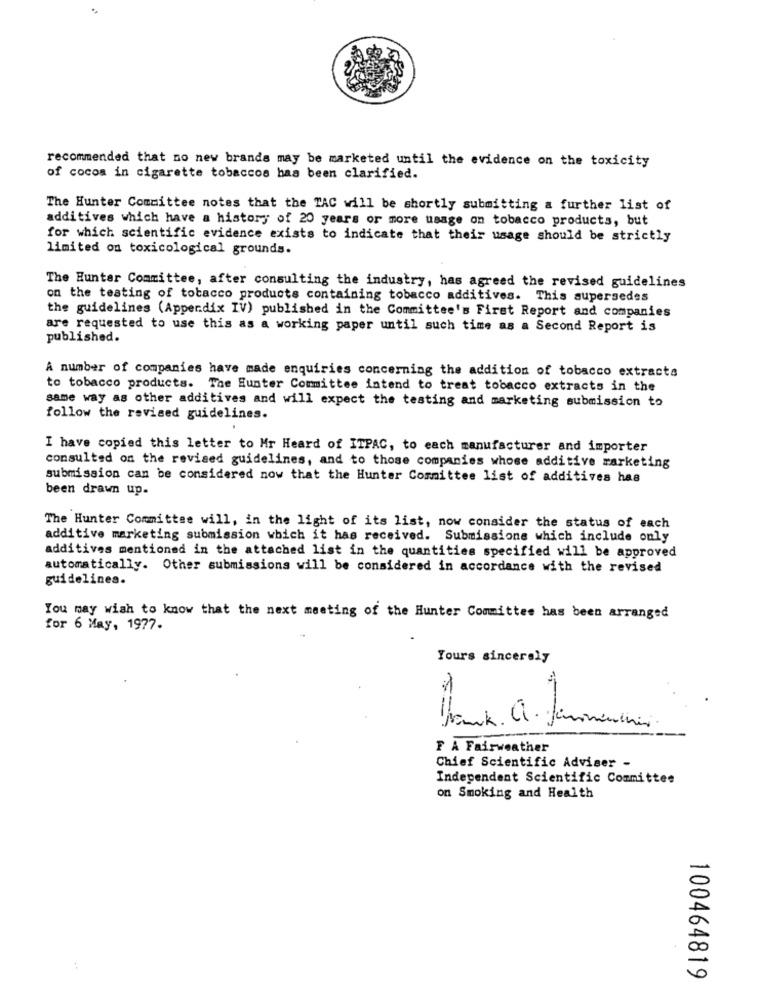
recommended that no new brands may be marketed until the evidence on the toxicity
of cocos in cigarette tobaccos has been clarified.
The Hunter Committee notes that the TAC will be shortly submitting a further list of
additives which have a history of 20 years or more usage on tobacco products, but
for which scientific evidence exists to indicate that their usage should be strictly
limited on toxicological grounds.
The Hunter Committee, after consulting the industry, has agreed the revised guidelines
on the testing of tobacco products containing tobacco additives. This supersedes
the guidelines (Appendix IV) published in the Committee's First Report and companies
are requested to use this as a working paper until such time as a Second Report is
published.
A number of companies have made enquiries concerning the addition of tobacco extracts
to tobacco products. The Hunter Committee intend to treat tobacco extracts in the
same way as other additives and will expect the testing and marketing submission to
follow the revised guidelines.
I have copied this letter to Mr Heard of ITPAC, to each manufacturer and importer
consulted on the revised guidelines, and to those companies whose additive marketing
submission can be considered now that the Hunter Committee list of additives has
been drawn up.
The Hunter Committee will, in the light of its list, now consider the status of each
additive marketing submission which it has received. Submissione which include only
additives mentioned in the attached list in the quantities specified will be approved
automatically. Other submissions will be considered in accordance with the revised
guidelines.
You may wish to know that the next meeting of the Hunter Committee has been arranged
for 6 May, 1977.
Yours sincerely
Thank. a. Jamais
F A Fairweather
Chief Scientific Adviser -
Independent Scientific Committee
on Smoking and Health
100464819